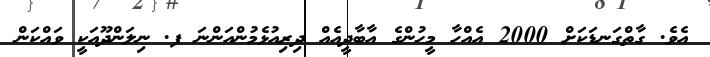
އެވެ. ގާތްގަނޑަކަށް 2000 އެއްހާ މީޙުންގެ އާބާދީއެއް ދިރިއުޅެމުންއަންނަ ފ. ނިލަންދޫއަކީ ވައްކަން